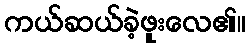
ကယ်ဆယ်ခဲ့ဖူးလေ၏။